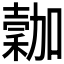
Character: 𥡮